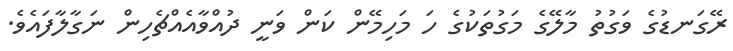
ރޭގަނޑުގެ ވަގުތު މާލޭގެ މަގުތަކުގެ ހަ މަހިމޭން ކަން ވަނީ ދުއްވާއެއްޗެހިން ނަގާލާފައެވެ.